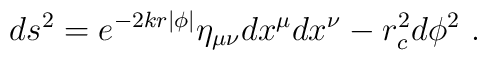
ds^2 = e^{-2kr|\phi|} \eta_{\mu \nu}  dx^{\mu} dx^{\nu} - r_c^2 d\phi^2~.